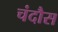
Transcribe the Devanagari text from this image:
चंदौस